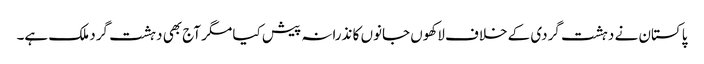
پاکستان نے دہشت گردی کے خلاف لاکھوں جانوں کا نذرانہ پیش کیا مگر آج بھی دہشت گرد ملک ہے۔